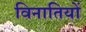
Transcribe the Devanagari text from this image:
विनातियों